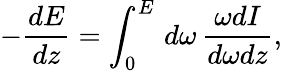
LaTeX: -\frac{dE}{dz}=\int_{0}^{E}\, d\omega\, \frac{\omega dI}{d\omega dz},